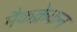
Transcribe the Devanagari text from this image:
मैकक्रेकन